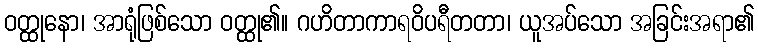
ဝတ္ထုနော၊ အာရုံဖြစ်သော ဝတ္ထု၏။ ဂဟိတာကာရဝိပရီတတာ၊ ယူအပ်သော အခြင်းအရာ၏